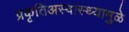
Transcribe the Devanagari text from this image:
प्रकृतिअस्वास्थ्यामुळे